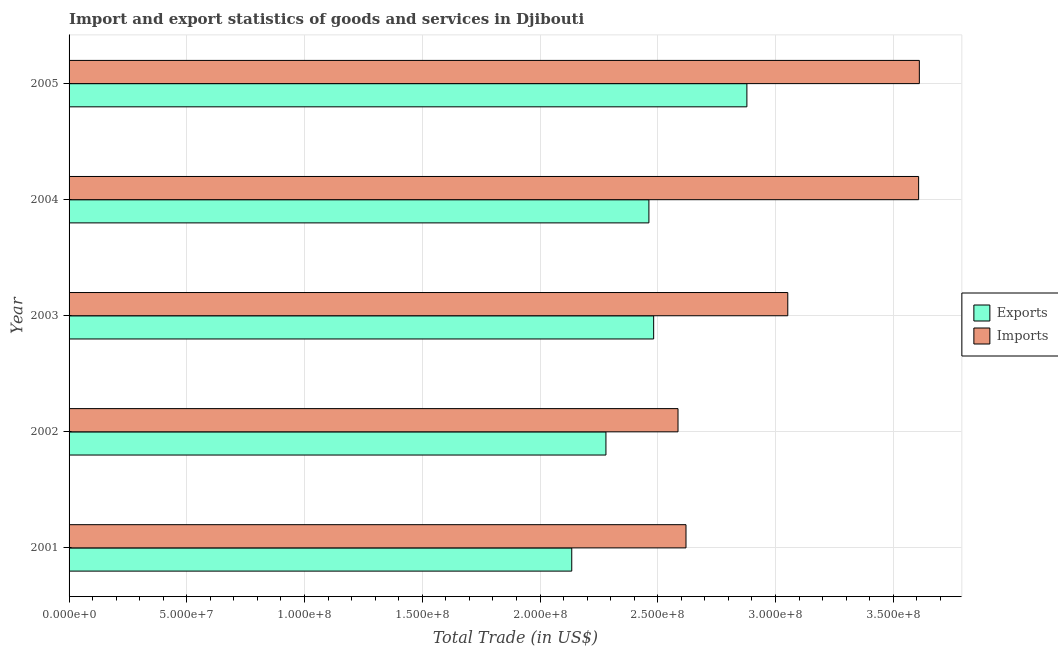
| Year | Exports | Imports |
 | --- | --- | --- |
 | 2001 | 2.13e+08 | 2.62e+08 |
 | 2002 | 2.28e+08 | 2.59e+08 |
 | 2003 | 2.48e+08 | 3.05e+08 |
 | 2004 | 2.46e+08 | 3.61e+08 |
 | 2005 | 2.88e+08 | 3.61e+08 |